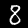
Label: 8